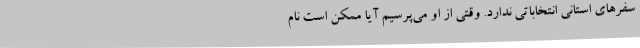
سفرهای استانی انتخاباتی ندارد. وقتی از او می‌پرسیم آیا ممکن است نام